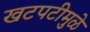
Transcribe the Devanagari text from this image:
खटपटीमुळे